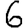
Digit: 6